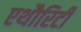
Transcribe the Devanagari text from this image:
एथौरिटी